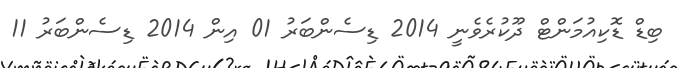
ބިޑް ޑޮކިއުމަންޓް ދޫކުރެވެނީ 2014 ޑިސެންބަރު 01 އިން 2014 ޑިސެންބަރު 11